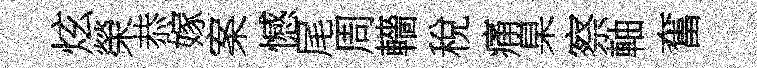
炫榮恭嫁案憾尾周轖稅痛臬察軸奮